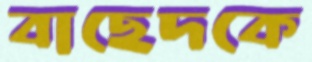
বাছেদকে